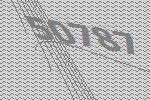
50787